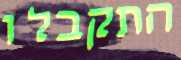
התקבלו